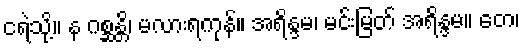
ငရဲသို့။ န ဂစ္ဆန္တိ၊ မလားရကုန်။ အရိန္ဒမ၊ မင်းမြတ် အရိန္ဒမ။ တေ၊